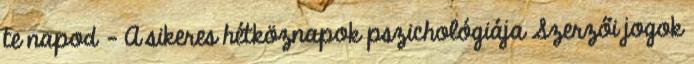
te napod - A sikeres hétköznapok pszichológiája Szerzői jogok